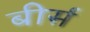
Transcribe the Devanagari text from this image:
बीर्स